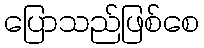
ပြောသည်ဖြစ်စေ